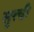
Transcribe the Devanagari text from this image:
सुरची